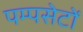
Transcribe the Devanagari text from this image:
पम्पसेटों